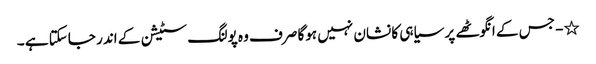
٭- جس کے انگوٹھے پر سیاہی کا نشان نہیں ہوگا صرف وہ پولنگ سٹیشن کے اندر جاسکتا ہے ۔